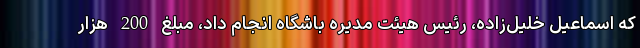
که اسماعیل خلیل‌زاده، رئیس هیئت مدیره باشگاه انجام داد، مبلغ 200 هزار